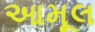
આમૂલ